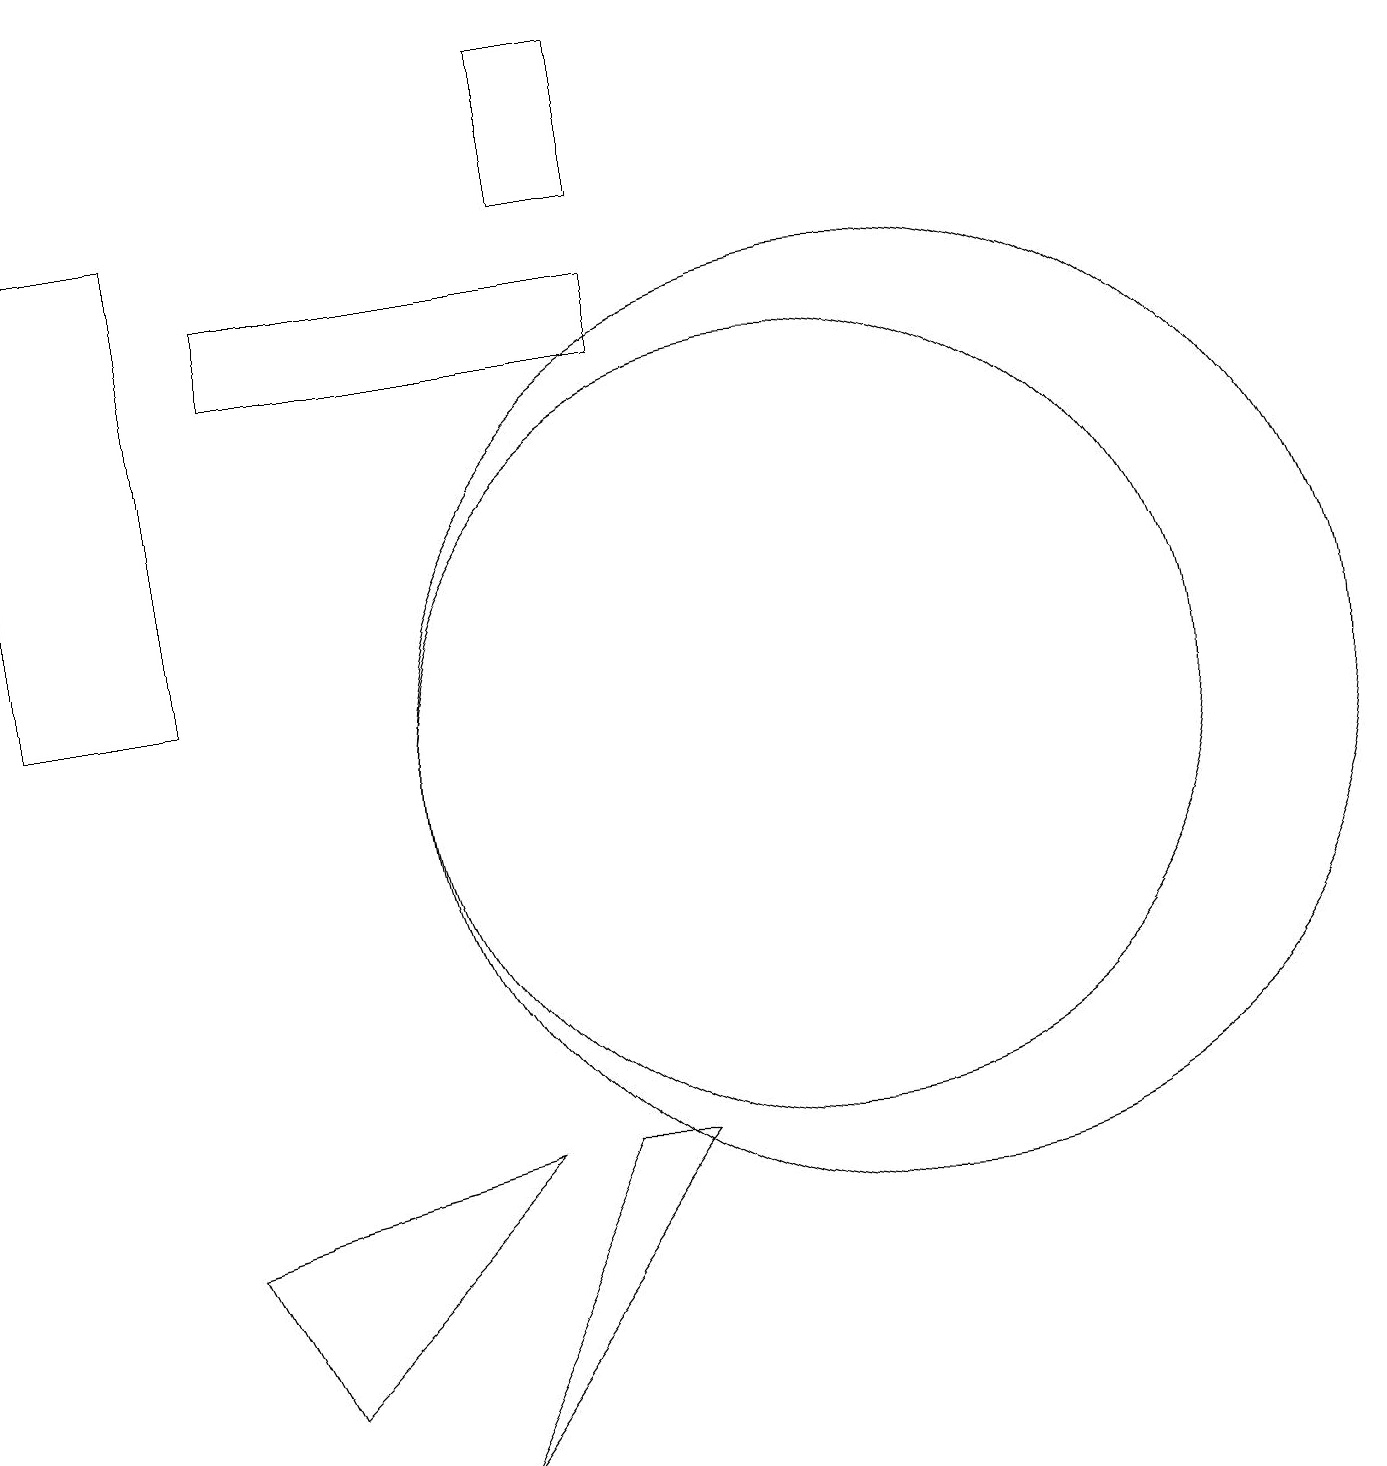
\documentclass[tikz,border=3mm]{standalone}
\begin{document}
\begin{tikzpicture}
\draw (7,5) -- (4,2) -- (3,4) -- cycle;
\draw (9,16) rectangle (4,15);
\draw (9,19) rectangle (8,17);
\draw (9,5) -- (6,1) -- (8,5) -- cycle;
\draw (11,10) circle (5);
\draw (1,17) rectangle (3,11);
\draw (12,10) circle (6);
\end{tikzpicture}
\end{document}